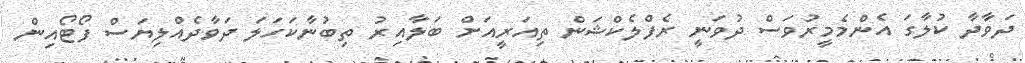
ދަވާދާ ކުލާގަ އެންމެމީރުވަސް ދުވަނީ ރެފްލެކްޝަން ތިއަރީއަށް ބަލާއިރު ތިބުނާކަހަލަ ދަވާދެއްލިޔަސް ފޯޓޯއިން